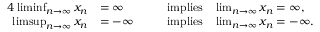
{ \begin{array} { r l r l } { { 4 } \operatorname* { l i m i n f } _ { n \to \infty } x _ { n } } & { = \infty } & & { \; \; { \mathrm { ~ i m p l i e s ~ } } \; \; \operatorname* { l i m } _ { n \to \infty } x _ { n } = \infty , } \\ { \operatorname* { l i m s u p } _ { n \to \infty } x _ { n } } & { = - \infty } & & { \; \; { \mathrm { ~ i m p l i e s ~ } } \; \; \operatorname* { l i m } _ { n \to \infty } x _ { n } = - \infty . } \end{array} }